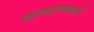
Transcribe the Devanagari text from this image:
आसऱ्याखाली